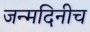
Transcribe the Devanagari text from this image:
जन्मदिनीच